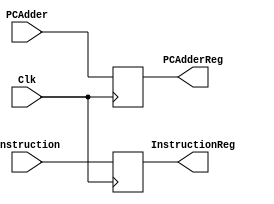
`timescale 1ns / 1ps

module IFIDRegister(Clk, Instruction, PCAdder, PCAdderReg, InstructionReg);

    input Clk;
    input [31:0] Instruction, PCAdder;
    output [31:0] PCAdderReg, InstructionReg; 
    reg [31:0] PCAdderReg, InstructionReg;
    
    initial begin
        PCAdderReg = 0;
        InstructionReg = 0;
    end
    
        always @(posedge Clk) begin // Reads value at positive edge of clock
            InstructionReg <= Instruction;
            PCAdderReg <= PCAdder;
        end

endmodule